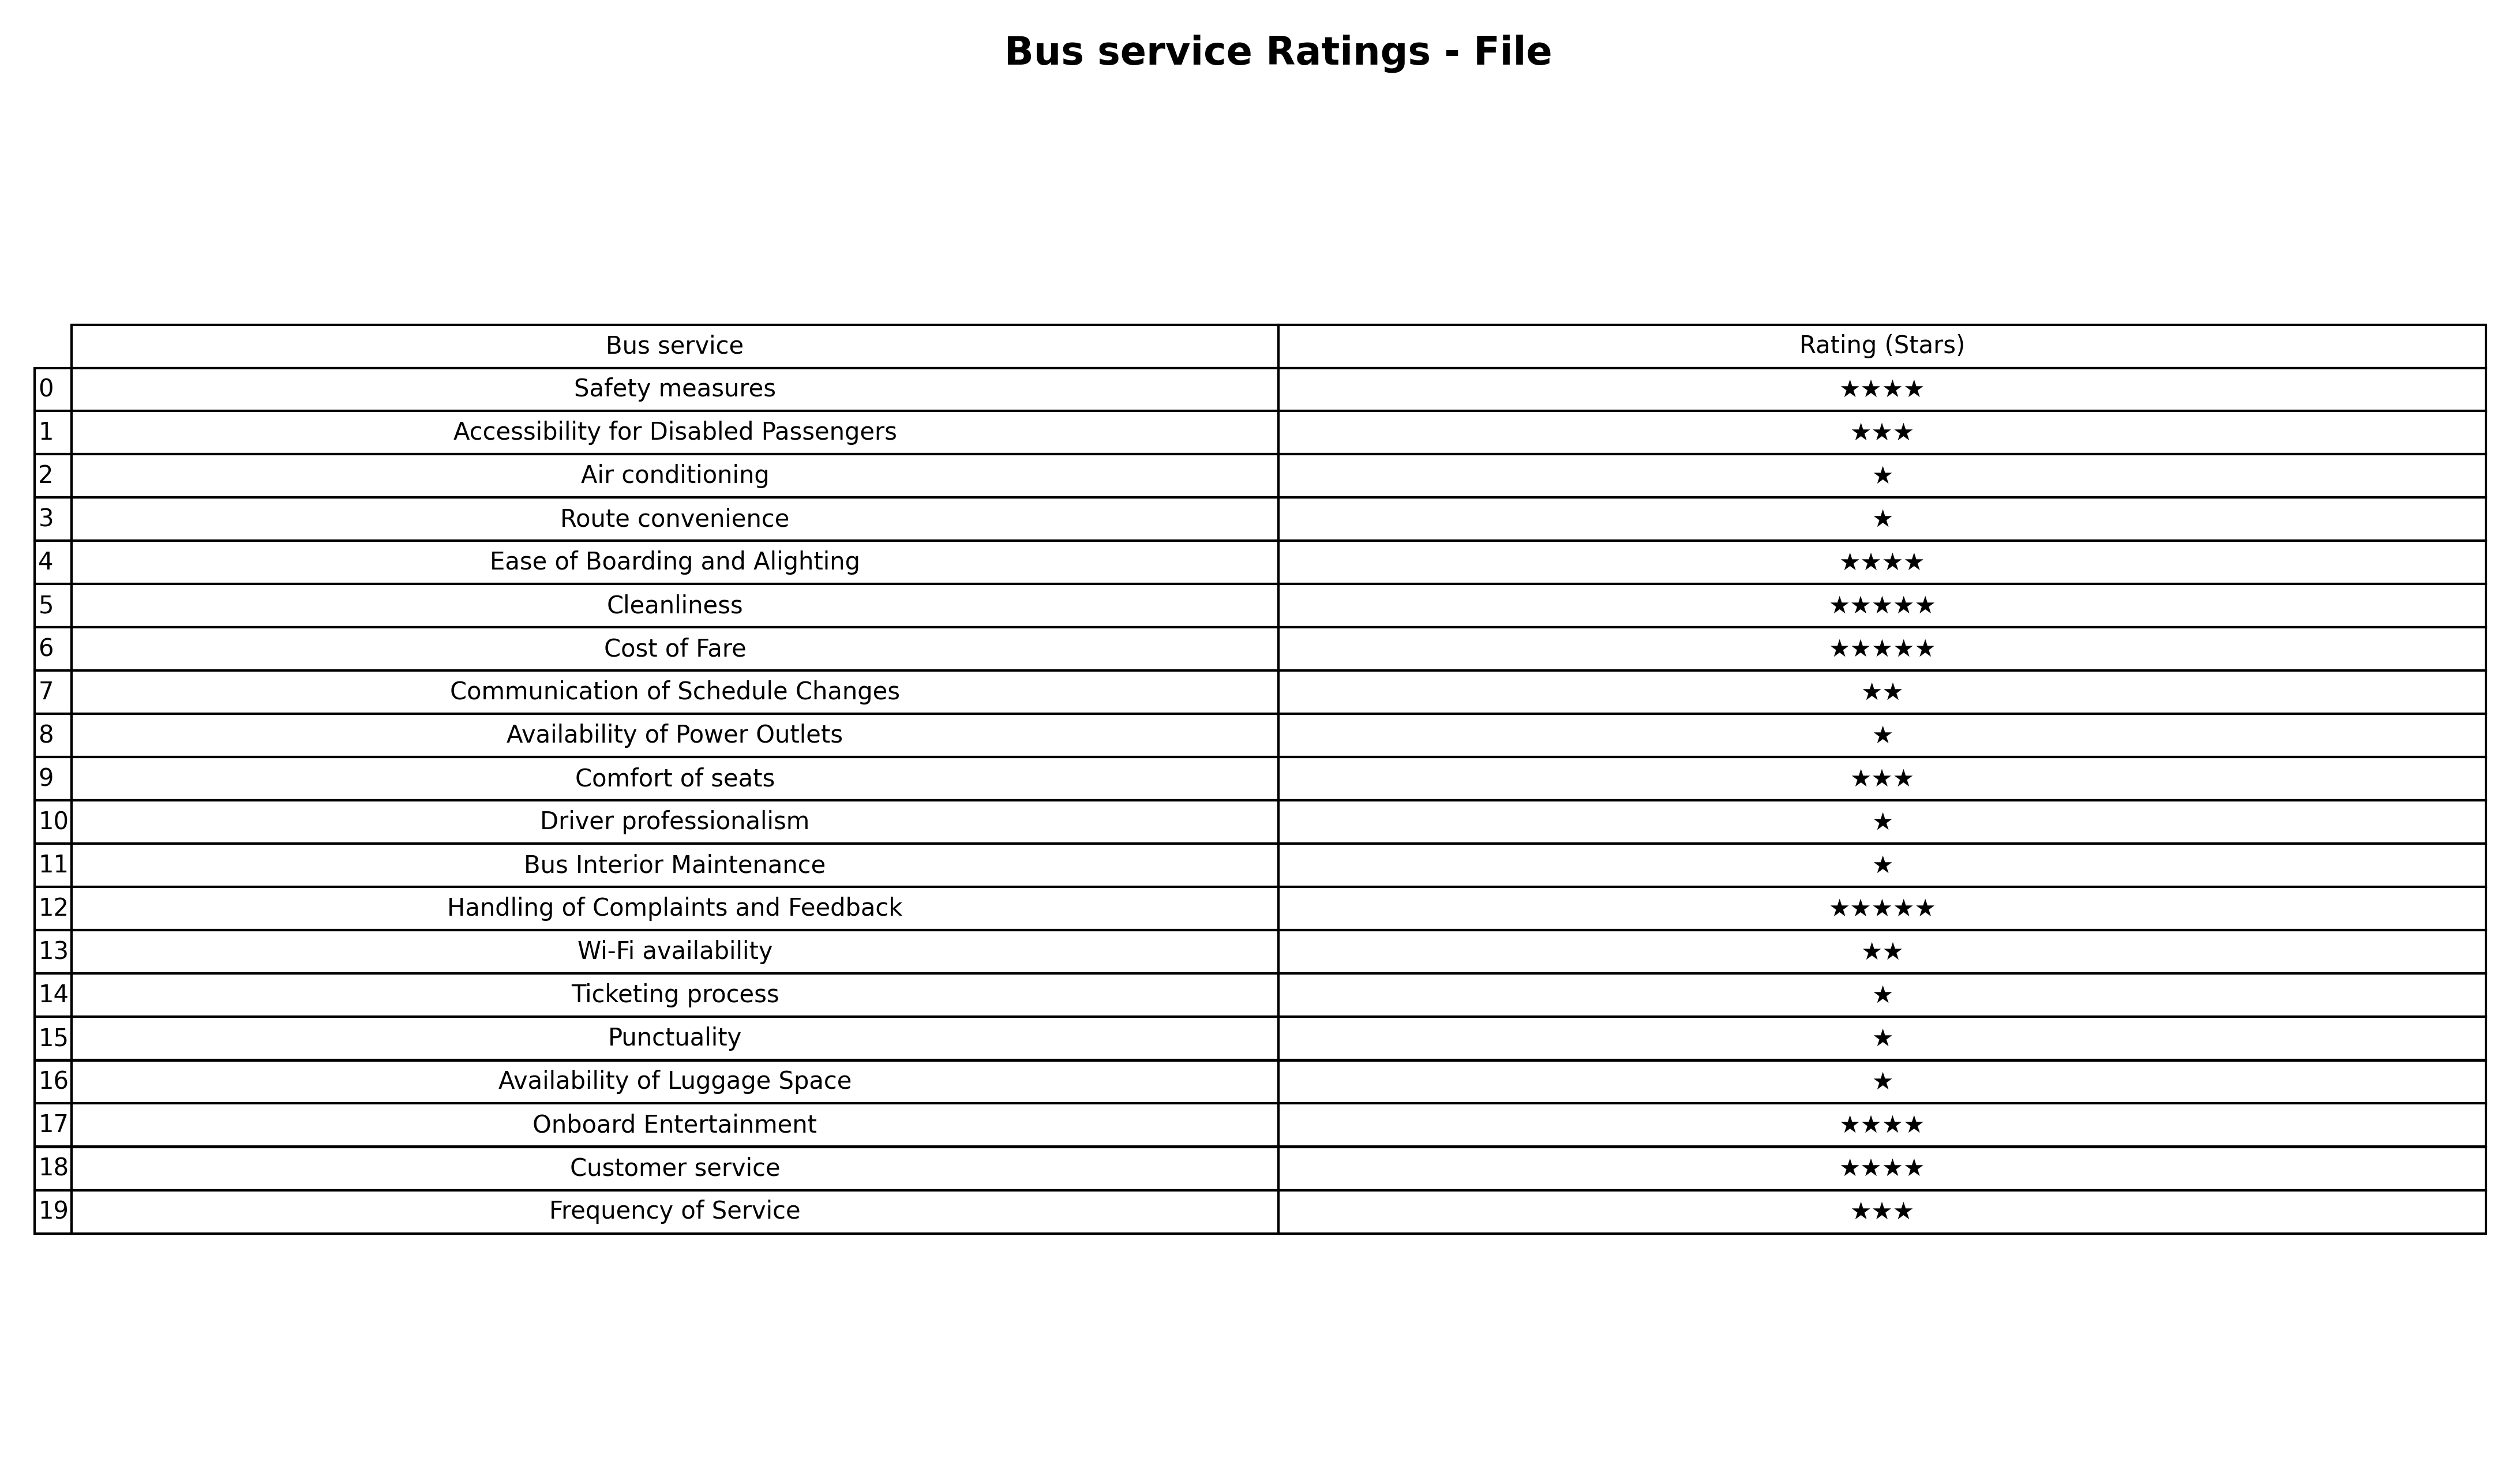
question: Which services are rated average?
answer: Accessibility for Disabled PassengersComfort of seatsFrequency of Service